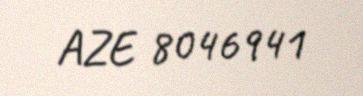
AZE 8046941